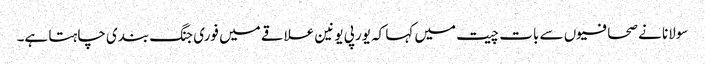
سولانا نے صحافیوں سے بات چیت میں کہا کہ یورپی یونین علاقے میں فوری جنگ بندی چاہتا ہے۔